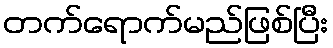
တက်ရောက်မည်ဖြစ်ပြီး